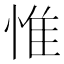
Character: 惟